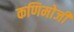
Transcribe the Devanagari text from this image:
कणिमोजी